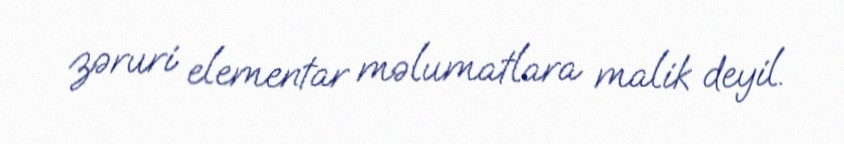
zəruri elementar məlumatlara malik deyil.